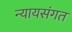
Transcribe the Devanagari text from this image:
न्‍यायसंगत